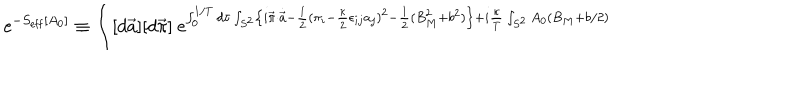
LaTeX: \mathrm { ~ e } ^ { - S _ { \mathrm { e f f } } [ A _ { 0 } ] } \equiv \int [ d \vec { a } ] [ d \vec { \pi } ] \mathrm { ~ e } ^ { \int _ { 0 } ^ { 1 / T } d \tau \int _ { S ^ { 2 } } \left\{ i \vec { \pi } \cdot \dot { \vec { a } } - \frac { 1 } { 2 } ( \pi _ { i } - \frac { \kappa } { 2 } \epsilon _ { i j } a _ { j } ) ^ { 2 } - \frac { 1 } { 2 } ( B _ { M } ^ { 2 } + b ^ { 2 } ) \right\} + i \frac { \kappa } { T } \int _ { S ^ { 2 } } A _ { 0 } \left( B _ { M } + b / 2 \right) }